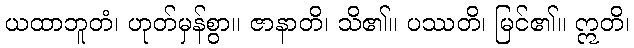
ယထာဘူတံ၊ ဟုတ်မှန်စွာ။ ဇာနာတိ၊ သိ၏။ ပဿတိ၊ မြင်၏။ ဣတိ၊